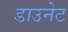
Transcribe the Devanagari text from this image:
डाउनेट